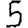
Digit: 5